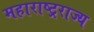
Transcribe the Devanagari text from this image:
महाराष्ट्रराज्य